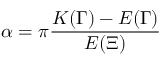
\alpha = \pi \frac { K ( \Gamma ) - E ( \Gamma ) } { E ( \Xi ) }